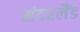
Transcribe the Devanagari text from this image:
संदरलैंड